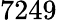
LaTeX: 7249